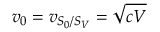
v _ { 0 } = v _ { S _ { 0 } / S _ { V } } = \sqrt { c V }